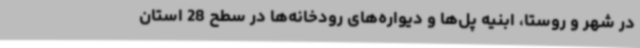
در شهر و روستا، ابنیه پل‌ها و دیواره‌های رودخانه‌ها در سطح 28 استان